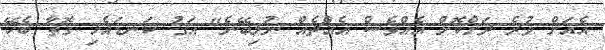
އެއަށް ވުރެ ދަށްކޮށް އެއްވެސް އެއްޗެއް ނުލިބޭނެ" އަގު ކަނޑައެޅި ގޮތާ ބެހޭ